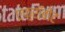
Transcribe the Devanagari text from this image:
एफ़्रॉबीट